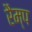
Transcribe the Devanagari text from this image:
रैम्‍प